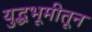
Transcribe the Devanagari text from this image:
युद्धभूमीतून